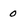
Character: 0